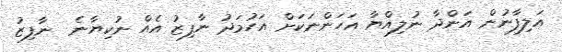
އަލިފާނުން އަންދާ ނުލިއްޔާ އަހަންނަކަށް އަހުމަދު ނާފިޒު އެއް ނުކިޔާނެ  ނާފިޒު